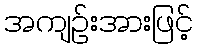
အကျဉ်းအားဖြင့်